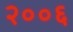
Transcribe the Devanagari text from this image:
२००६